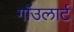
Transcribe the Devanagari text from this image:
गाॅउलार्ट